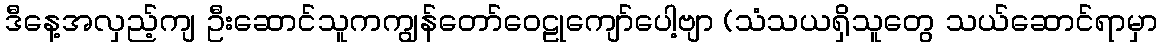
ဒီနေ့အလှည့်ကျ ဦးဆောင်သူကကျွန်တော်ဝေဠုကျော်ပေါ့ဗျာ (သံသယရှိသူတွေ သယ်ဆောင်ရာမှာ